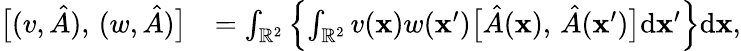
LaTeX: \begin{array}{rl}{\bigl[(v,\hat{A}),\, (w,\hat{A})\bigr]}&{=\int_{\mathbb{R}^{2}}\left\{ \int_{\mathbb{R}^{2}}v(\mathbf{x})w(\mathbf{x}^{\prime})\bigl[\hat{A}(\mathbf{x}),\, \hat{A}(\mathbf{x}^{\prime})\bigr]\mathrm{d}\mathbf{x}^{\prime}\right\} \mathrm{d}\mathbf{x},}\end{array}